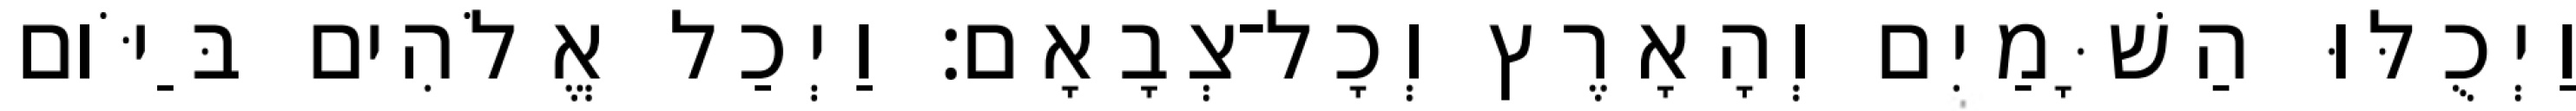
וַיְכֻלּוּ הַשָּׁמַיִם וְהָאָרֶץ וְכָל־צְבָאָם׃ וַיְכַל אֱלֹהִים בַּיֹּום